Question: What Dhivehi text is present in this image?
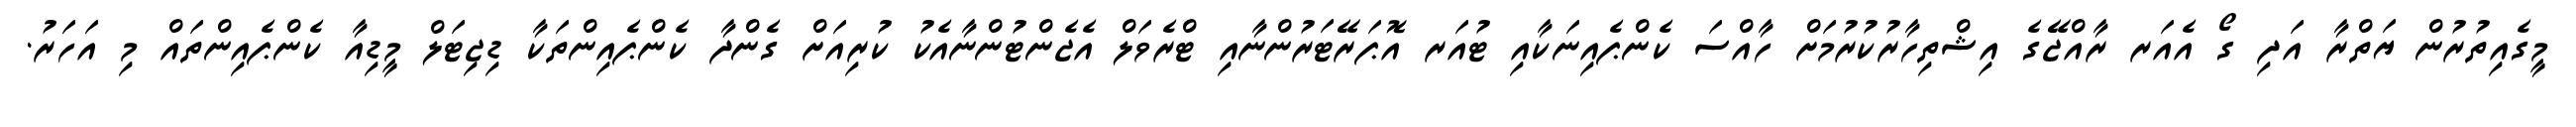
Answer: މީގެއިތުރުން ޔަތްރާ އަދި ގޯ އެއަރ ރާއްޖޭގެ އިޝްތިހާރުކުރުމަށް ހާއްސަ ކެންޕެއިނަކާއި ޓުއަރ އޮޕަރޭޓަރުންނާއި ޓްރެވަލް އެޖެންޓުންނާއެކު ކުރިއަށް ގެންދާ ކެންޕެއިންތަކާ ޑިޖިޓަލް މީޑިއާ ކެންޕެއިންތައް މި އަހަރު.